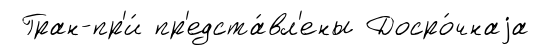
Гран-пр'и́ пр'едста́вл'ены Досро́чнаjа